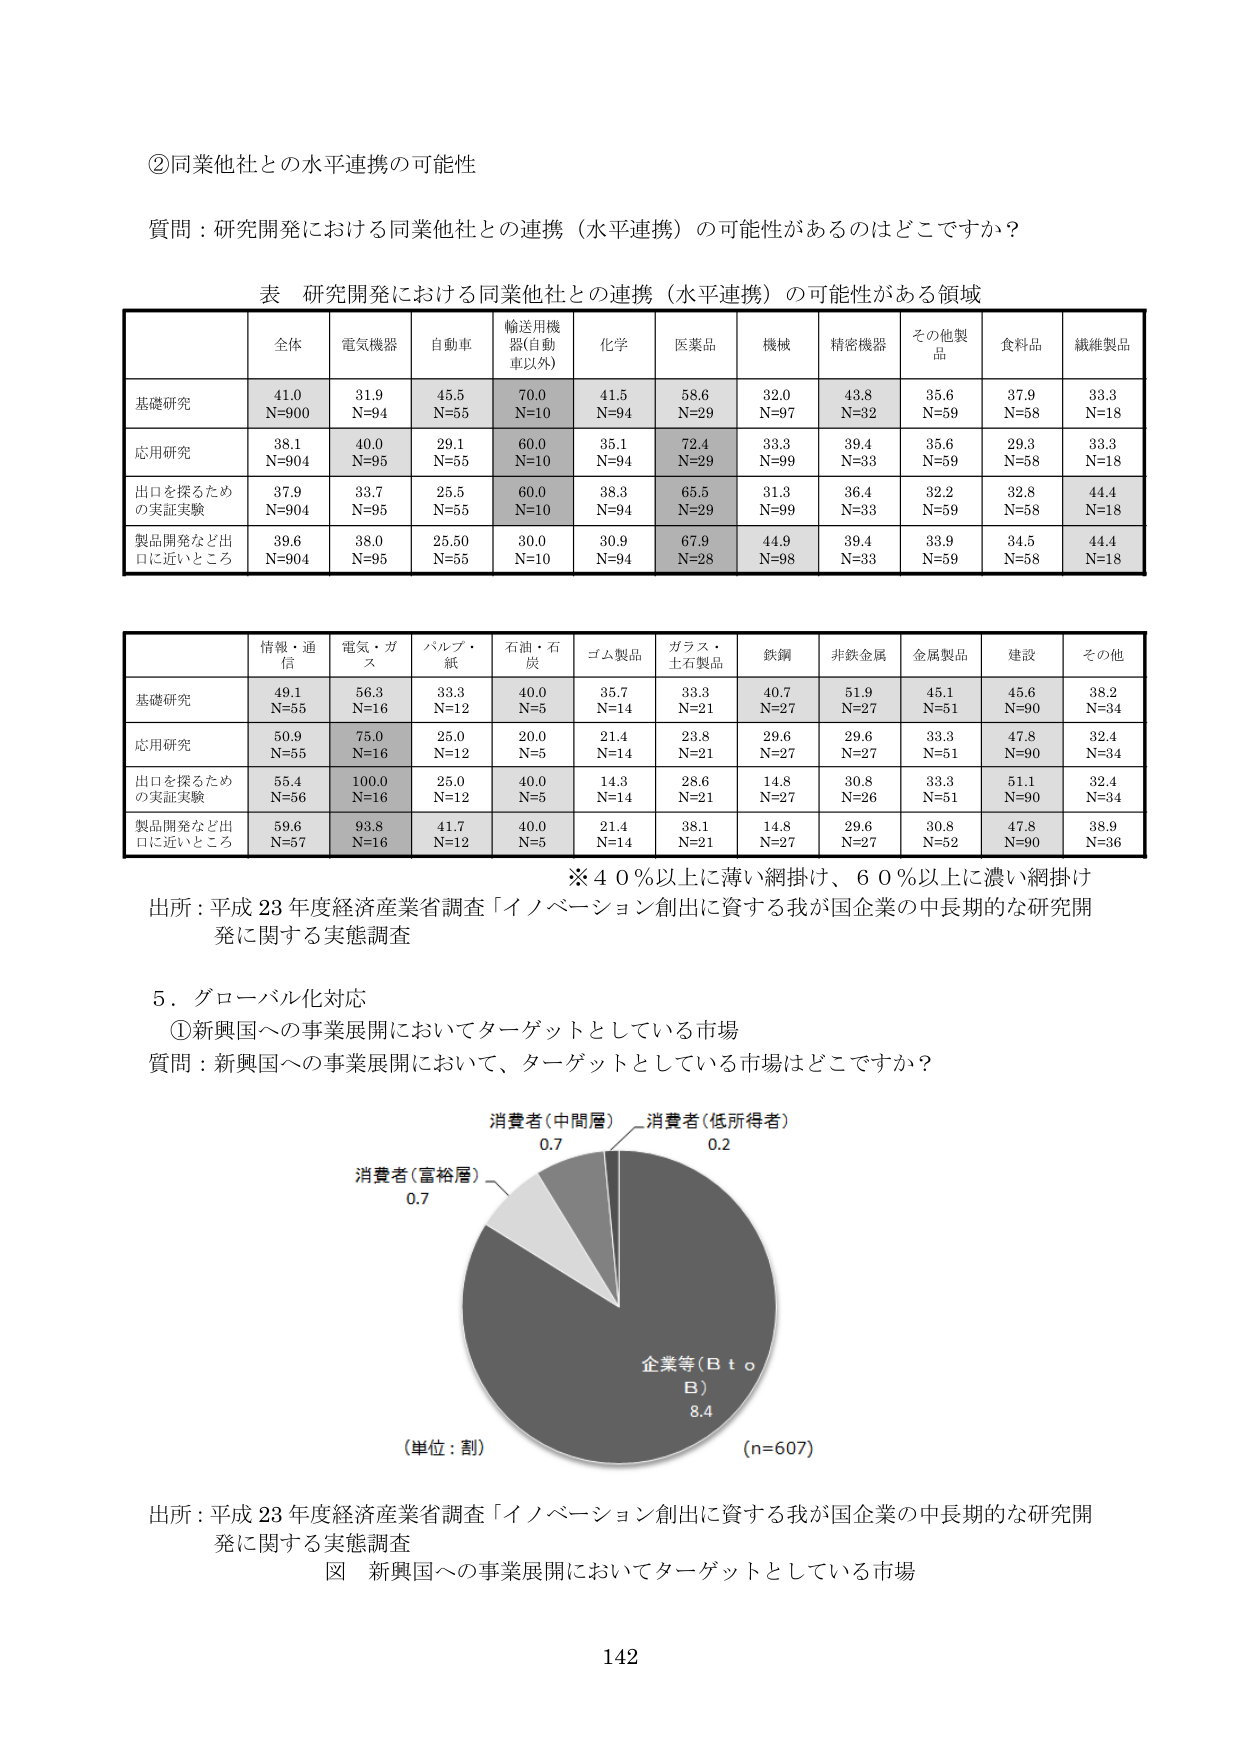
②同業他社との水平連携の可能性

質問：研究開発における同業他社との連携（水平連携）の可能性があるのはどこですか？

表 研究開発における同業他社との連携（水平連携）の可能性がある領域

| | 全体 | 電気機器 | 自動車 | 輸送用機器(自動車以外) | 化学 | 医薬品 | 機械 | 精密機器 | その他製品 | 食料品 | 繊維製品 |
|---|---|---|---|---|---|---|---|---|---|---|---|
| 基礎研究 | 41.0<br>N=900 | 31.9<br>N=94 | 45.5<br>N=55 | 70.0<br>N=10 | 41.5<br>N=94 | 58.6<br>N=29 | 32.0<br>N=97 | 43.8<br>N=32 | 35.6<br>N=59 | 37.9<br>N=58 | 33.3<br>N=18 |
| 応用研究 | 38.1<br>N=904 | 40.0<br>N=95 | 29.1<br>N=55 | 60.0<br>N=10 | 35.1<br>N=94 | 72.4<br>N=29 | 33.3<br>N=99 | 39.4<br>N=33 | 35.6<br>N=59 | 29.3<br>N=58 | 33.3<br>N=18 |
| 出口を探るための実証実験 | 37.9<br>N=904 | 33.7<br>N=95 | 25.5<br>N=55 | 60.0<br>N=10 | 38.3<br>N=94 | 65.5<br>N=29 | 31.3<br>N=99 | 36.4<br>N=33 | 32.2<br>N=59 | 32.8<br>N=58 | 44.4<br>N=18 |
| 製品開発など出口に近いところ | 39.6<br>N=904 | 38.0<br>N=95 | 25.50<br>N=55 | 30.0<br>N=10 | 30.9<br>N=94 | 67.9<br>N=28 | 44.9<br>N=98 | 39.4<br>N=33 | 33.9<br>N=59 | 34.5<br>N=58 | 44.4<br>N=18 |

| | 情報・通信 | 電気・ガス | パルプ・紙 | 石油・石炭 | ゴム製品 | ガラス・土石製品 | 鉄鋼 | 非鉄金属 | 金属製品 | 建設 | その他 |
|---|---|---|---|---|---|---|---|---|---|---|---|
| 基礎研究 | 49.1<br>N=55 | 56.3<br>N=16 | 33.3<br>N=12 | 40.0<br>N=5 | 35.7<br>N=14 | 33.3<br>N=21 | 40.7<br>N=27 | 51.9<br>N=27 | 45.1<br>N=51 | 45.6<br>N=90 | 38.2<br>N=34 |
| 応用研究 | 50.9<br>N=55 | 75.0<br>N=16 | 25.0<br>N=12 | 20.0<br>N=5 | 21.4<br>N=14 | 23.8<br>N=21 | 29.6<br>N=27 | 29.6<br>N=27 | 33.3<br>N=51 | 47.8<br>N=90 | 32.4<br>N=34 |
| 出口を探るための実証実験 | 55.4<br>N=56 | 100.0<br>N=16 | 25.0<br>N=12 | 40.0<br>N=5 | 14.3<br>N=14 | 28.6<br>N=21 | 14.8<br>N=27 | 30.8<br>N=26 | 33.3<br>N=51 | 51.1<br>N=90 | 32.4<br>N=34 |
| 製品開発など出口に近いところ | 59.6<br>N=57 | 93.8<br>N=16 | 41.7<br>N=12 | 40.0<br>N=5 | 21.4<br>N=14 | 38.1<br>N=21 | 14.8<br>N=27 | 29.6<br>N=27 | 30.8<br>N=52 | 47.8<br>N=90 | 38.9<br>N=36 |

※40％以上に薄い網掛け、60％以上に濃い網掛け

出所：平成23年度経済産業省調査「イノベーション創出に資する我が国企業の中長期的な研究開発に関する実態調査」

5．グローバル化対応

①新興国への事業展開においてターゲットとしている市場

質問：新興国への事業展開において、ターゲットとしている市場はどこですか？

消費（中間層） 0.7
消費（低所得者） 0.2
消費（富裕層） 0.7
企業等（B to B） 8.4
（単位：割）
（n=607）

出所：平成23年度経済産業省調査「イノベーション創出に資する我が国企業の中長期的な研究開発に関する実態調査」

図 新興国への事業展開においてターゲットとしている市場

142